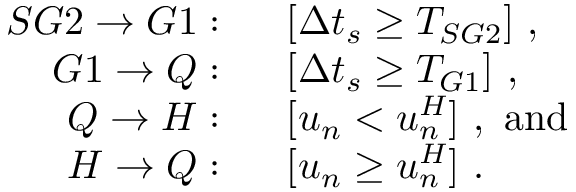
\begin{array} { r l } { S G 2 \rightarrow G 1 : } & { \ \ [ \Delta t _ { s } \geq T _ { S G 2 } ] \ , } \\ { G 1 \rightarrow Q : } & { \ \ [ \Delta t _ { s } \geq T _ { G 1 } ] \ , } \\ { Q \rightarrow H : } & { \ \ [ u _ { n } < u _ { n } ^ { H } ] \ , \ \mathrm { a n d } } \\ { H \rightarrow Q : } & { \ \ [ u _ { n } \geq u _ { n } ^ { H } ] \ . } \end{array}